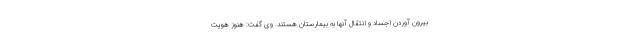
بیرون آوردن اجساد و انتقال آنها به بیمارستان هستند. وی گفت: هنوز هویت